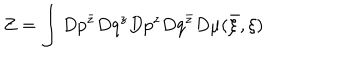
LaTeX: Z = \int D p ^ { \bar { z } } D q ^ { z } D p ^ { z } D q ^ { \bar { z } } D \mu ( { \bar { \xi } } , \xi )